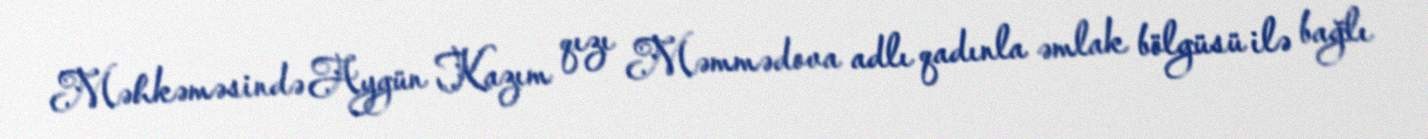
Məhkəməsində Aygün Kazım qızı Məmmədova adlı qadınla əmlak bölgüsü ilə bağlı